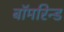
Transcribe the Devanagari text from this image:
बॉमरिन्ड